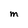
Character: M